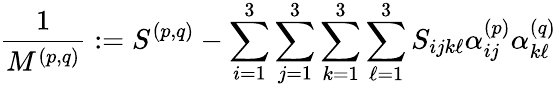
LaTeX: \frac{1}{M^{(p,q)}}:=S^{(p,q)}-\sum_{i=1}^{3}\sum_{j=1}^{3}\sum_{k=1}^{3}\sum_{\ell=1}^{3}S_{ijk\ell}\alpha_{ij}^{(p)}\alpha_{k\ell}^{(q)}